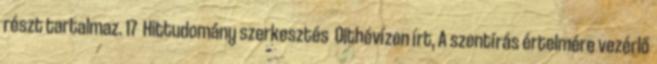
részt tartalmaz. 17 Hittudomány szerkesztés Olthévízen írt, A szentírás értelmére vezérlő